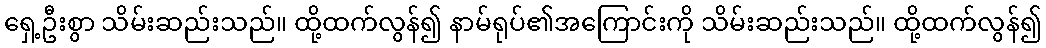
ရှေ့ဦးစွာ သိမ်းဆည်းသည်။ ထို့ထက်လွန်၍ နာမ်ရုပ်၏အကြောင်းကို သိမ်းဆည်းသည်။ ထို့ထက်လွန်၍